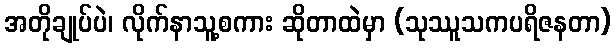
အတိုချုပ်ပဲ၊ လိုက်နာသူ့စကား ဆိုတာထဲမှာ (သုဿူသကပရိဇနတာ)